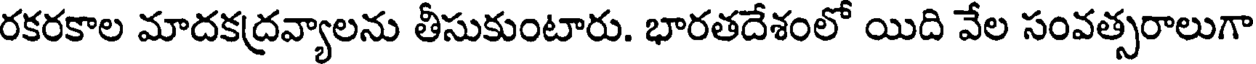
రకరకాల మాదకద్రవ్యాలను తీసుకుంటారు. భారతదేశంలో యిది వేల సంవత్సరాలుగా